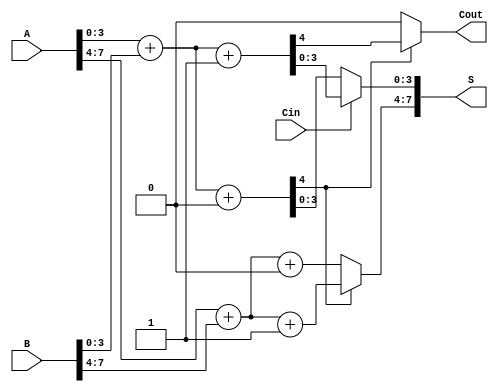
module CarrySelectAdder #(parameter N = 8, // Total number of bits
                          parameter M = 4) // Block size
(
    input  wire [N-1:0] A, // First input
    input  wire [N-1:0] B, // Second input
    input  wire         Cin, // Carry-in
    output wire [N-1:0] S, // Sum output
    output wire         Cout // Carry-out
);

    localparam NUM_BLOCKS = N / M;

    // Intermediate signals for sums and carry outs
    wire [M-1:0] S0[0:NUM_BLOCKS-1]; // Sums assuming carry-in = 0
    wire [M-1:0] S1[0:NUM_BLOCKS-1]; // Sums assuming carry-in = 1
    wire         Cout0[0:NUM_BLOCKS-1]; // Carry outs assuming carry-in = 0
    wire         Cout1[0:NUM_BLOCKS-1]; // Carry outs assuming carry-in = 1
    wire         carry[0:NUM_BLOCKS]; // Carry signals

    // Generate sum and carry for each block
    genvar i;
    generate
        for (i = 0; i < NUM_BLOCKS; i = i + 1) begin : generate_block
            wire [M-1:0] A_block = A[i*M +: M];
            wire [M-1:0] B_block = B[i*M +: M];
            wire carry_in = (i == 0) ? Cin : carry[i-1];

            // Compute sums and carries for carry-in 0
            assign {Cout0[i], S0[i]} = A_block + B_block + 1'b0;

            // Compute sums and carries for carry-in 1
            assign {Cout1[i], S1[i]} = A_block + B_block + 1'b1;

            // Determine the carry out for the next block
            if (i == 0) begin
                assign carry[i] = Cout0[i]; // No previous carry for first block
            end else begin
                assign carry[i] = (carry_in) ? Cout1[i-1] : Cout0[i-1];
            end
        end
    endgenerate

    // Multiplexing to select final sum and carry-out
    generate
        for (i = 0; i < NUM_BLOCKS; i = i + 1) begin : output_mux
            assign S[i*M +: M] = (i == 0) ? 
                                  (Cin ? S1[0] : S0[0]) : 
                                  (carry[i-1] ? S1[i] : S0[i]);
        end
    endgenerate

    // Final carry-out from the last block
    assign Cout = carry[NUM_BLOCKS-1];

endmodule